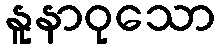
နူနာဝုသော